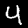
Digit: 4